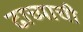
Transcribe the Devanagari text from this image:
ढाच्याची